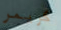
كريمر